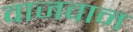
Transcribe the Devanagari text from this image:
वाजवान